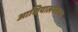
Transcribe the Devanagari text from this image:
आशियालगतच्या